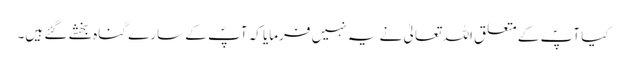
کیا آپؐ کے متعلق اللہ تعالیٰ نے یہ نہیں فرمایا کہ آپؐ کے سارے گناہ بخشے گئے ہیں۔